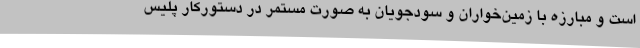
است و مبارزه با زمین‌خواران و سودجویان به صورت مستمر در دستورکار پلیس